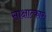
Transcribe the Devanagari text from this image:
साक्षात्कारः